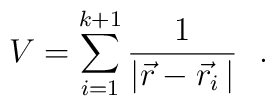
V = \sum_{i=1}^{k+1} \frac{1}{|\vec{r}-\vec{r}_{i} \, | }~~.